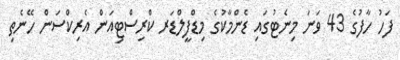
ފަހު ހާފުގެ 43 ވަނަ މިނެޓުގައި ޑެންމާކުގެ މިޑްފީލްޑަރ ކްރިސްޓިއަން އެރިކްސަން ހޭނެތި